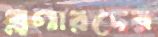
ব্লগারদের